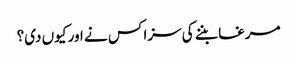
مرغا بننے کی سزا کس نے اور کیوں دی؟